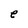
Character: e